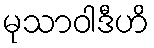
မုသာဝါဒီဟိ